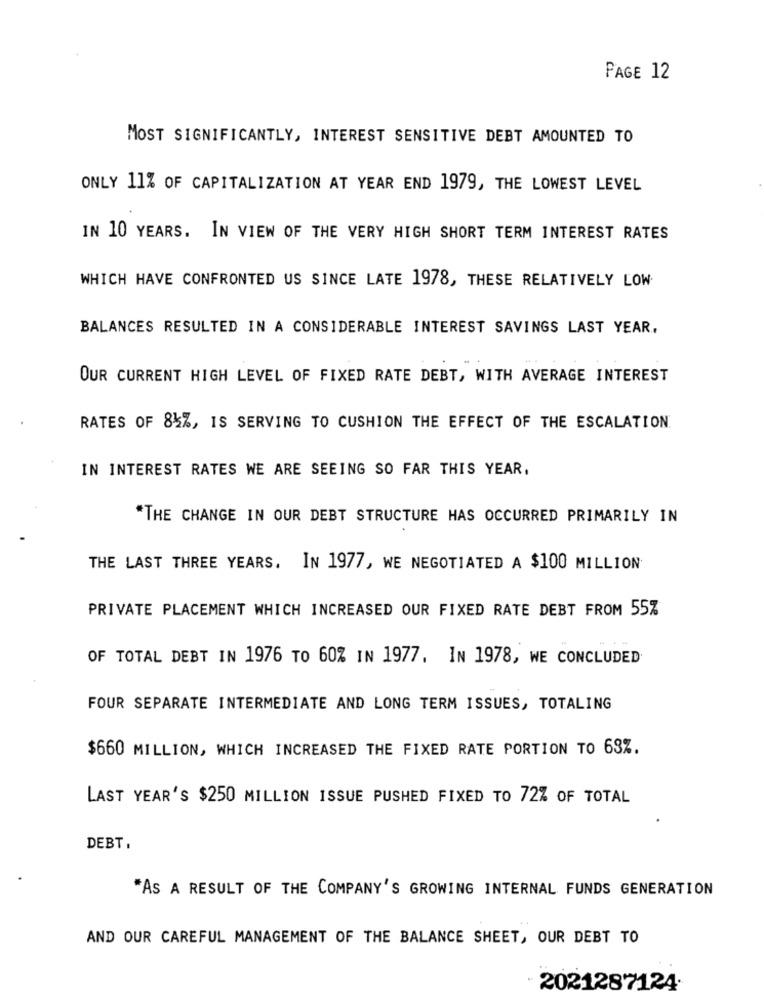
PAGE 12
MOST SIGNIFICANTLY, INTEREST SENSITIVE DEBT AMOUNTED TO
ONLY 11% OF CAPITALIZATION AT YEAR END 1979, THE LOWEST LEVEL
IN 10 YEARS. IN VIEW OF THE VERY HIGH SHORT TERM INTEREST RATES
WHICH HAVE CONFRONTED US SINCE LATE 1978, THESE RELATIVELY LOW
BALANCES RESULTED IN A CONSIDERABLE INTEREST SAVINGS LAST YEAR,
OUR CURRENT HIGH LEVEL OF FIXED RATE DEBT, WITH AVERAGE INTEREST
RATES OF 84%, IS SERVING TO CUSHION THE EFFECT OF THE ESCALATION
IN INTEREST RATES WE ARE SEEING SO FAR THIS YEAR,
*THE CHANGE IN OUR DEBT STRUCTURE HAS OCCURRED PRIMARILY IN
THE LAST THREE YEARS, IN 1977, WE NEGOTIATED A $100 MILLION
PRIVATE PLACEMENT WHICH INCREASED OUR FIXED RATE DEBT FROM 55%
OF TOTAL DEBT IN 1976 TO 60% IN 1977. IN 1978, WE CONCLUDED
FOUR SEPARATE INTERMEDIATE AND LONG TERM ISSUES, TOTALING
$660 MILLION, WHICH INCREASED THE FIXED RATE PORTION TO 63%.
LAST YEAR'S $250 MILLION ISSUE PUSHED FIXED TO 72% OF TOTAL
DEBT.
"AS A RESULT OF THE COMPANY'S GROWING INTERNAL FUNDS GENERATION
AND OUR CAREFUL MANAGEMENT OF THE BALANCE SHEET, OUR DEBT TO
2021287124